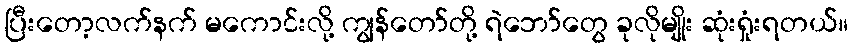
ပြီးတော့လက်နက် မကောင်းလို့ ကျွန်တော်တို့ ရဲဘော်တွေ ခုလိုမျိုး ဆုံးရှုံးရတယ်။